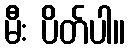
မီး ပိတ်ပါ။